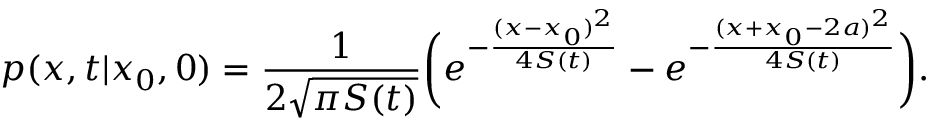
p ( x , t | x _ { 0 } , 0 ) = \frac { 1 } { 2 \sqrt { \pi S ( t ) } } \bigg ( e ^ { - \frac { ( x - x _ { 0 } ) ^ { 2 } } { 4 S ( t ) } } - e ^ { - \frac { ( x + x _ { 0 } - 2 a ) ^ { 2 } } { 4 S ( t ) } } \bigg ) .